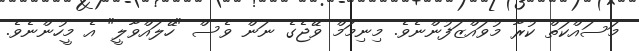
މަސައްކަތް ކުރާ މުވައްޒަފުންނެވެ. މިނިމަމް ވޭޖެގެ ނަން ވެސް "ހޭލައްވާލީ" އެ މީހުންނެވެ.